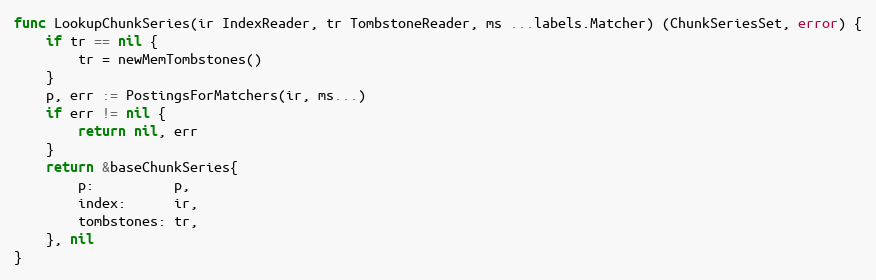
Language: Go
func LookupChunkSeries(ir IndexReader, tr TombstoneReader, ms ...labels.Matcher) (ChunkSeriesSet, error) {
	if tr == nil {
		tr = newMemTombstones()
	}
	p, err := PostingsForMatchers(ir, ms...)
	if err != nil {
		return nil, err
	}
	return &baseChunkSeries{
		p:          p,
		index:      ir,
		tombstones: tr,
	}, nil
}